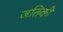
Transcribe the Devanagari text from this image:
जतिकी